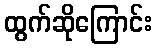
ထွက်ဆိုကြောင်း